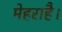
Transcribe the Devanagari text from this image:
मेहराहै।